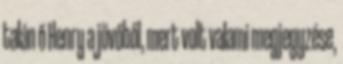
talán ő Henry a jövőből, mert volt valami megjegyzése,